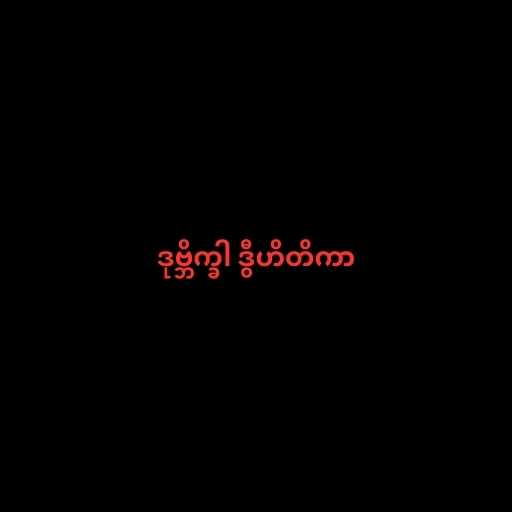
ဒုဗ္ဘိက္ခါ ဒွီဟိတိကာ